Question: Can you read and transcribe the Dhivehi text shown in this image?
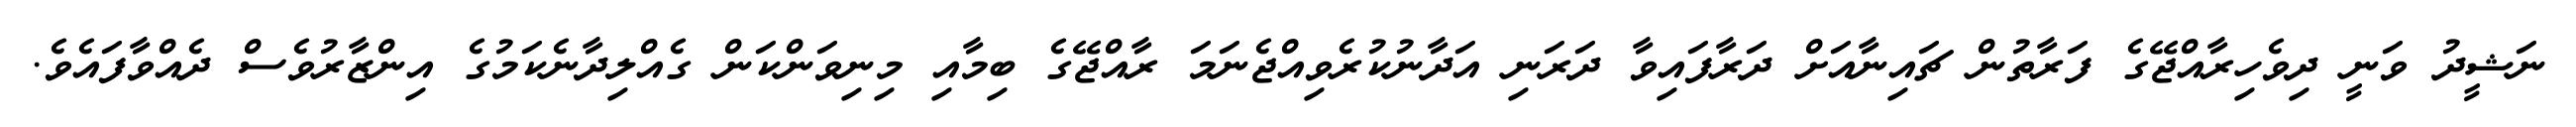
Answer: ނަޝީދު ވަނީ ދިވެހިރާއްޖޭގެ ފަރާތުން ޗައިނާއަށް ދަރާފައިވާ ދަރަނި އަދާނުކުރެވިއްޖެނަމަ ރާއްޖޭގެ ބިމާއި މިނިވަންކަން ގެއްލިދާނެކަމުގެ އިންޒާރުވެސް ދެއްވާފައެވެ.